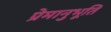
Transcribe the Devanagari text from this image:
प्रेमानुभूति